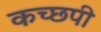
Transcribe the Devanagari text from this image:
कच्छपी